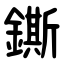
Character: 鐁